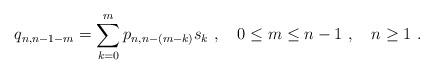
LaTeX: \begin{align*} q_{n, n-1- m } = \sum_{k=0}^{m} p_{n, n - (m-k) } s_{k} \ , \ \ \ 0 \leq m \leq n-1 \ , \ \ \ n \geq 1 \ .\end{align*}